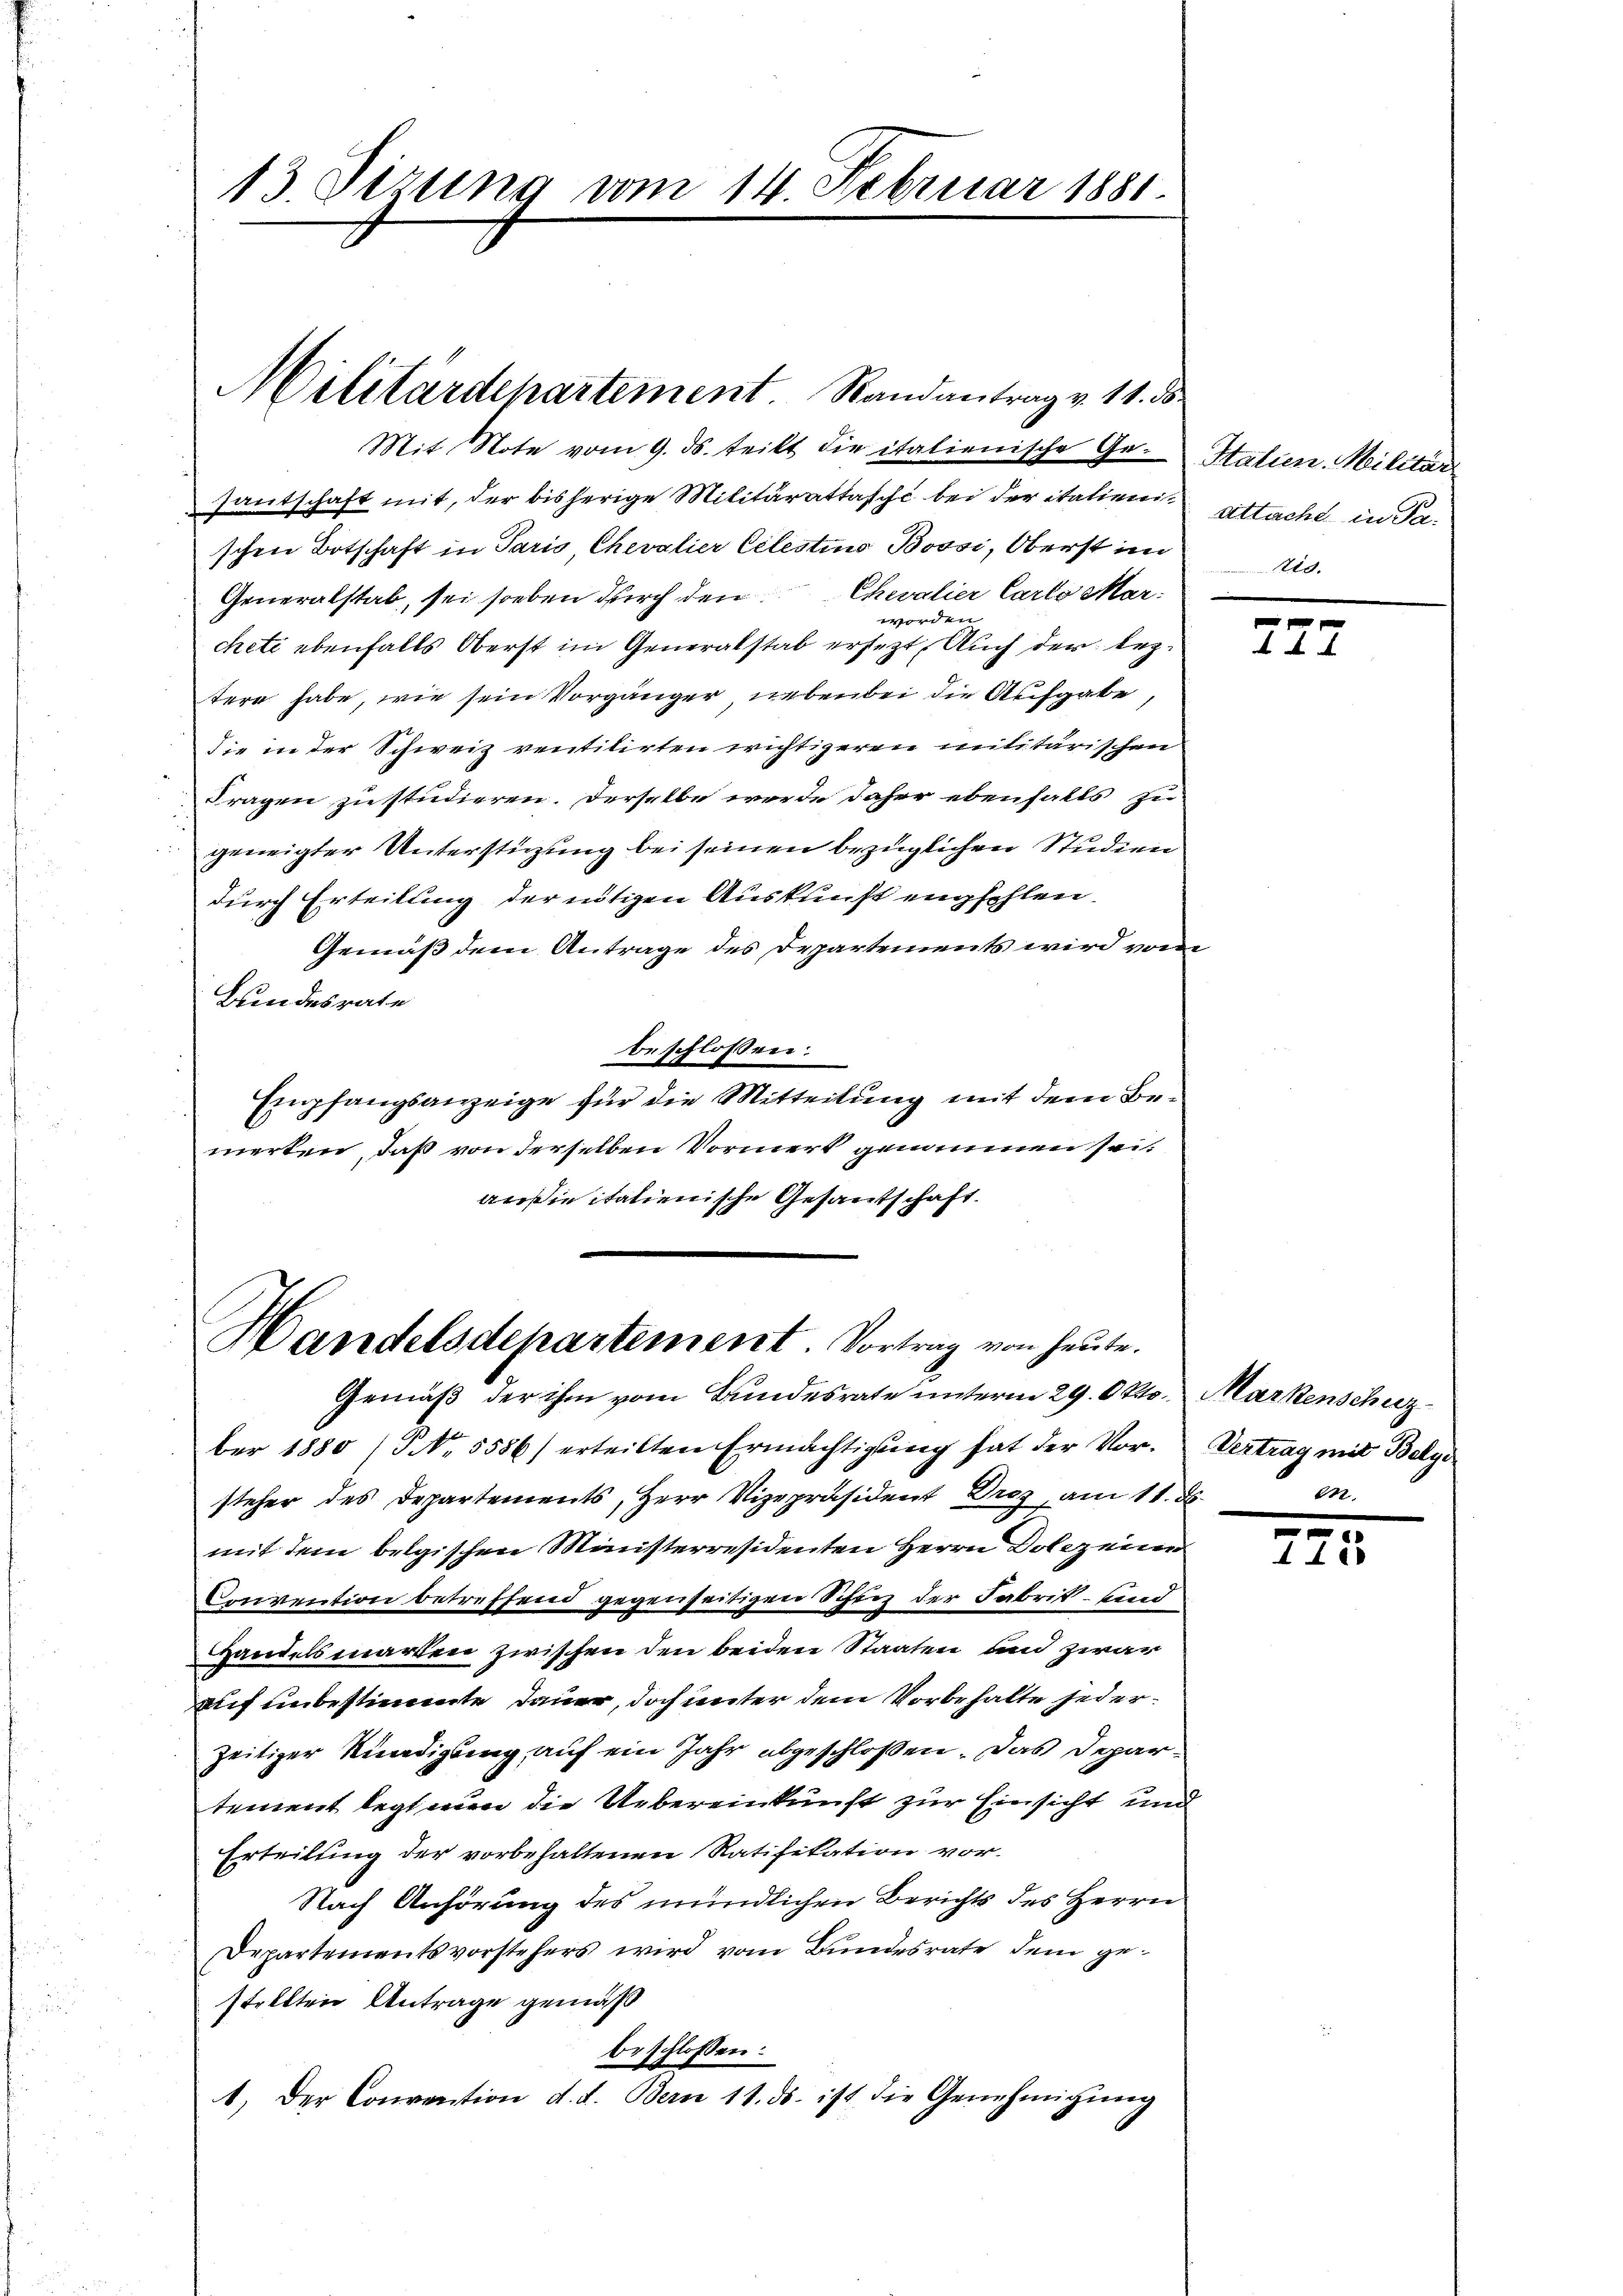
13. Sizung vom 14. Februar 1881.

santschaft mit, der bisherige Militärattasche bei der italienischen Botschaft in Paris, Chevalier Celestius Bossi, Oberst im
Chevalier Carlo Mar:
Generalstab, sei soeben durch den
worden
cheti ebenfalls Oberst im Generalstab ersetzt. Auch der leztern habe, wie sein Vorgänger nebenbei die Aufgabe,
die in der Schweiz ventilirten wichtigeren militärischen
Fragen zu studieren. Derselbe werde daher ebenfalls zu
geneigter Unterstüzung bei seinen bezüglichen Studien
durch Erteilung der nötigen Auskunft empfehlen.
Gemäß dem Antrage des Departements wird von
Bundesrate
beschlossen:
Empfangsanzeige für die Mitteilung mit dem Bemerten, daß von derselben Vormerk genommen sei.
außieitalienische Gesandschaft.
Handelsdepartement. Vortrag von heute.
Gemäß der ihm vom Bundesrate unterm 29. Okto. Markenschuzber 1880 (S. 5586) erteilten Ermächtigŭng hat der Vor-
steher des Departements, Herr Vizepräsident Droz, am 11. ds.
mit dem belgischen Ministerresidenten Herrn Dolcz einen
Convention betreffend gegenseitigen Schin der Fabrik- und
Handelsmarken zwischen den beiden Staaten und zwar
auf unbestimmte Dauer, doch unter dem Vorbehalte jederzeitiger Knadigung auf ein Jahr abgeschlossen. Das Departement legt wen die Uebereinkunft zur Einsicht und
Erteilung der vorbehaltenen Ratifikation vor-
Nach Anhörung des mündlichen Berichts des Herrn
Departementsvorstehers wird vom Bundesrate dem gestellten Antrage gemäß
beschlossen:
1. Der Convention d. d. Bern 11. ds. ist die Genehmigŭng

Militärdepartement Randantrag v. 11. ds.
Mit Note vom 9. ds. teilt die italienische Ge¬

Statten. Militär
attacht in Pa-

b

227

Vertrag mit Belge
en.

2
148